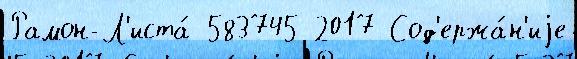
Рамон-Л'иста́ 583745 2017 Сод'ержа́н'иjе